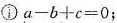
①$$a - b + c = 0$$；